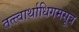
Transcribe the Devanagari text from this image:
तत्त्वार्थाधिगमसूत्र